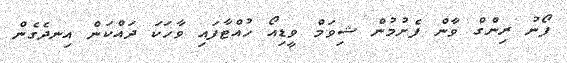
ފޯނު ރިންގް ވާން ފެށުމުން ޝިވަމް ވީޑިއޯ ހުއްޓާފައި ވާހަކަ ދައްކަން އިނދެގެން